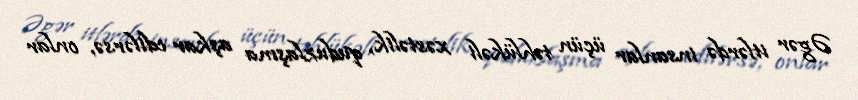
Əgər itlərdə insanlar üçün təhlükəli xəstəlik, quduzlaşma aşkar edilərsə, onlar